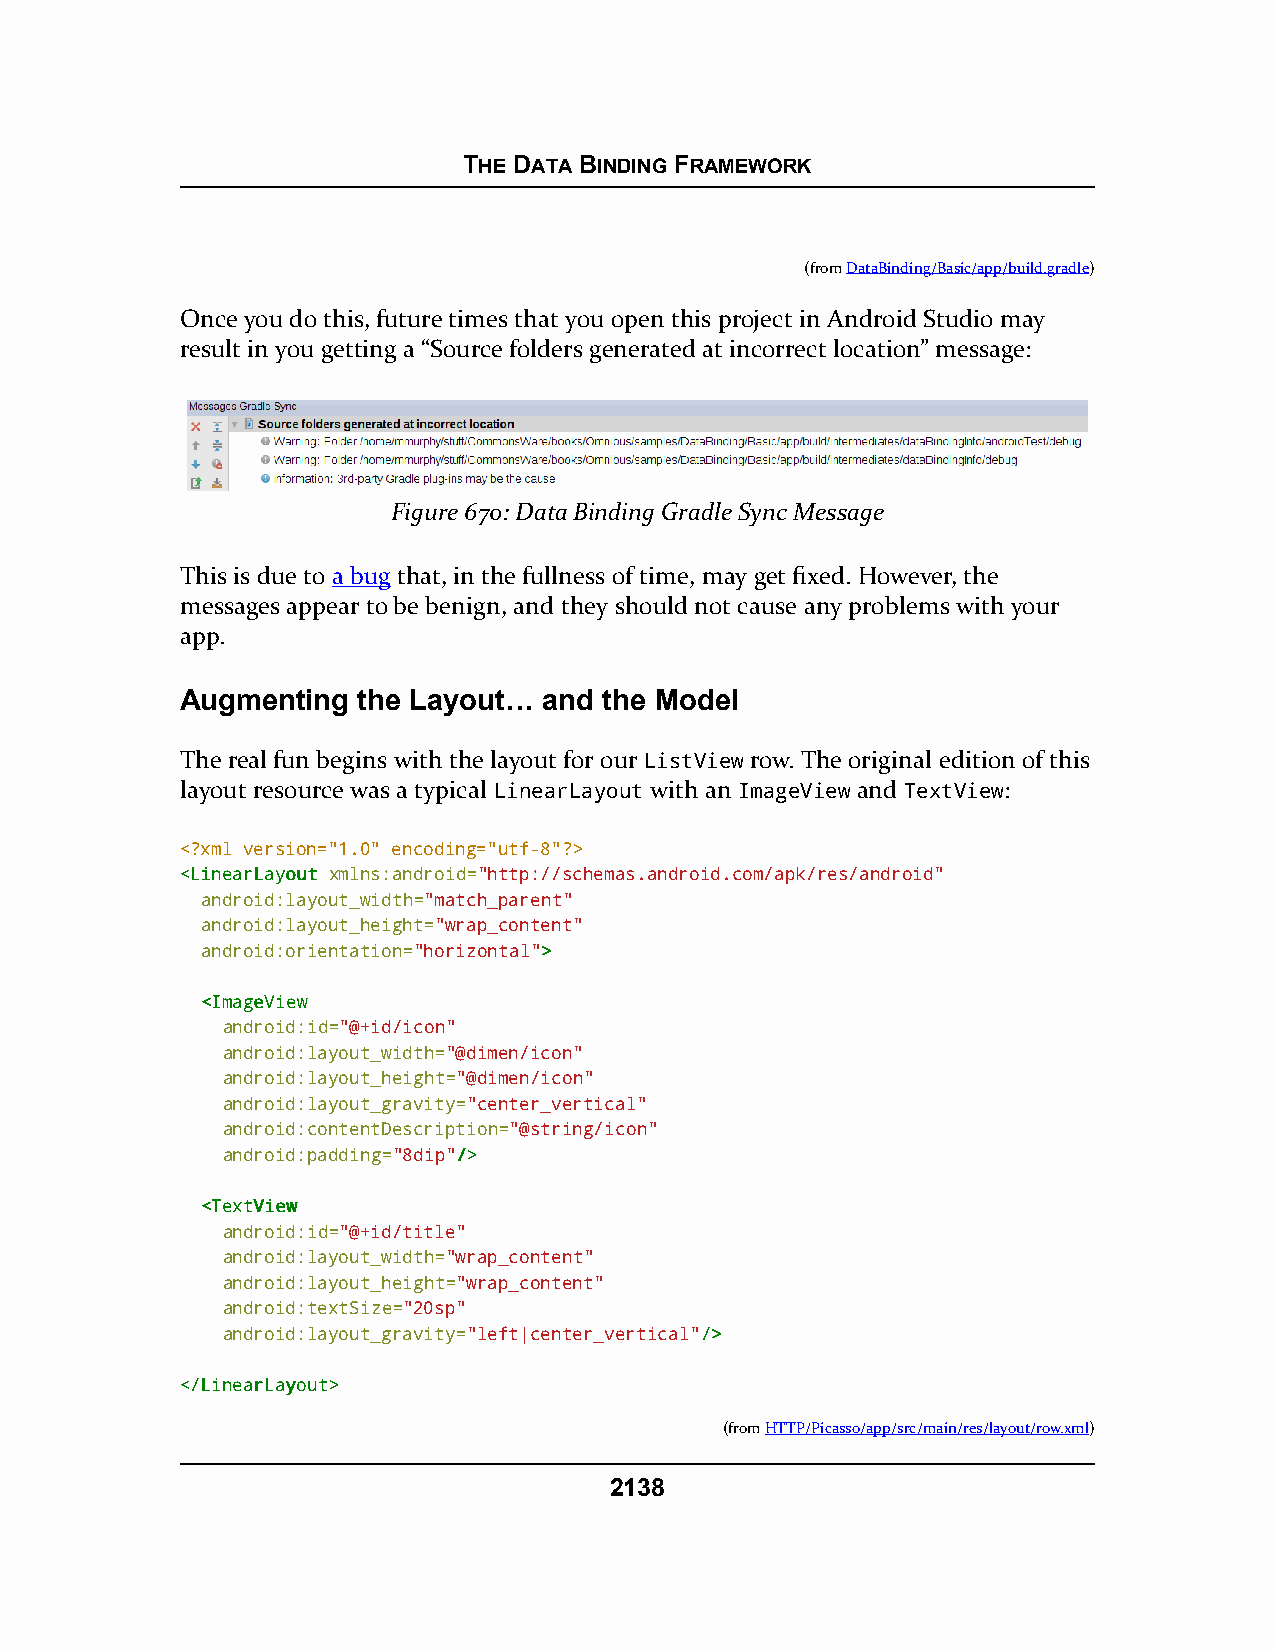
THE DATA BINDING FRAMEWORK
 (fromDataBinding/Basic/app/build.gradle)
 Once you do this, future times that you open this project in Android Studio may
 result in you getting a “Source folders generated at incorrect location” message:
 Figure 670: Data Binding Gradle Sync Message
 This is due to a bug that, in the fullness of time, may get fixed. However, the
 messages appear to be benign, and they should not cause any problems with your
 app.
 Augmenting  the Layout… and the Model
 The real fun begins with the layout for our ListView row. The original edition of this
 layout resource was a typical LinearLayout with an ImageView and TextView:
 <?xml version="1.0" encoding="utf-8"?>
 <<LLiinneeaarrLLaayyoouutt xmlns:android="http://schemas.android.com/apk/res/android"
 android:layout_width="match_parent"
 android:layout_height="wrap_content"
 android:orientation="horizontal">>
 <<IImmaaggeeVViieeww
 android:id="@+id/icon"
 android:layout_width="@dimen/icon"
 android:layout_height="@dimen/icon"
 android:layout_gravity="center_vertical"
 android:contentDescription="@string/icon"
 android:padding="8dip"//>>
 <<TTeexxttVViieeww
 android:id="@+id/title"
 android:layout_width="wrap_content"
 android:layout_height="wrap_content"
 android:textSize="20sp"
 android:layout_gravity="left|center_vertical"//>>
 <<//LLiinneeaarrLLaayyoouutt>>
 (fromHTTP/Picasso/app/src/main/res/layout/row.xml)
 2138